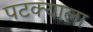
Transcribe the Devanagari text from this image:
पटक्याला